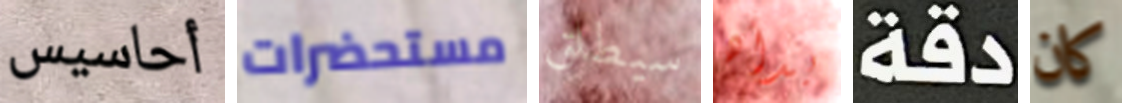
أحاسيس مستحضرات سيطلق بدأه دقة كان